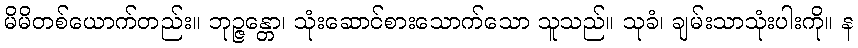
မိမိတစ်ယောက်တည်း။ ဘုဉ္ဇန္တော၊ သုံးဆောင်စားသောက်သော သူသည်။ သုခံ၊ ချမ်းသာသုံးပါးကို။ န